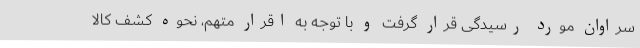
سراوان مورد رسیدگی قرار گرفت و با توجه به اقرار متهم، نحوه کشف کالا